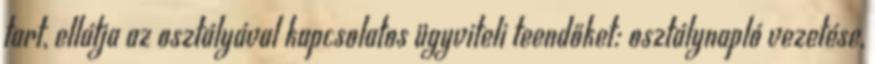
tart, ellátja az osztályával kapcsolatos ügyviteli teendőket: osztálynapló vezetése,